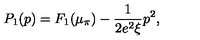
P _ { 1 } ( p ) = F _ { 1 } ( \mu _ { \pi } ) - \frac { 1 } { 2 e ^ { 2 } \xi } p ^ { 2 } ,